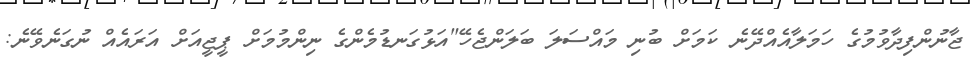
ޖާނުންފިދާވުމުގެ ހަމަލާއެއްދޭނެ ކަމަށް ބުނި މައްސަލަ ބަލަންޖެހޭ"އަޅުގަނޑުމެންގެ ނިންމުމަށް ޕީޖީއަށް އަރަައެއް ނުގަނެވޭނެ: